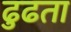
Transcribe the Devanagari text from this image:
ढुढता